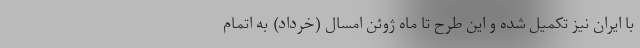
با ایران نیز تکمیل شده و این طرح تا ماه ژوئن امسال (خرداد) به اتمام